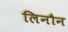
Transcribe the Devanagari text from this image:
लिनौन